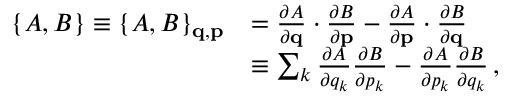
{ \begin{array} { r l } { \{ A , B \} \equiv \{ A , B \} _ { \mathbf { q } , \mathbf { p } } } & { = { \frac { \partial A } { \partial \mathbf { q } } } \cdot { \frac { \partial B } { \partial \mathbf { p } } } - { \frac { \partial A } { \partial \mathbf { p } } } \cdot { \frac { \partial B } { \partial \mathbf { q } } } } \\ & { \equiv \sum _ { k } { \frac { \partial A } { \partial q _ { k } } } { \frac { \partial B } { \partial p _ { k } } } - { \frac { \partial A } { \partial p _ { k } } } { \frac { \partial B } { \partial q _ { k } } } \, , } \end{array} }